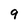
Character: 9